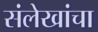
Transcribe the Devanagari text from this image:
संलेखांचा